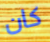
كان